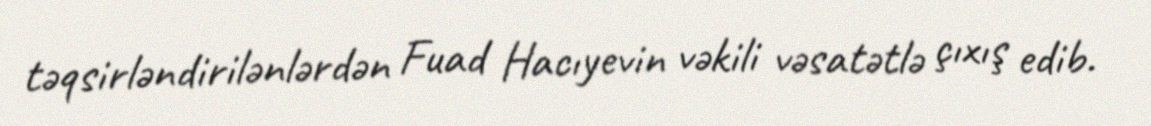
təqsirləndirilənlərdən Fuad Hacıyevin vəkili vəsatətlə çıxış edib.